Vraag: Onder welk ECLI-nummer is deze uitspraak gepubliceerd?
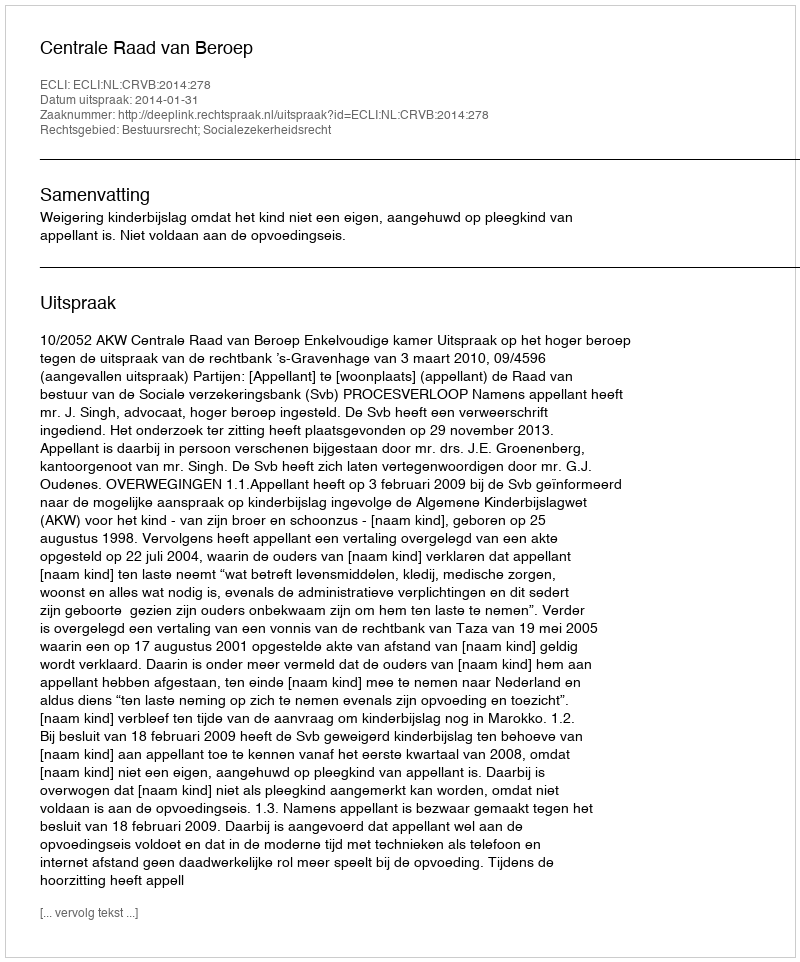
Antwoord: ECLI:NL:CRVB:2014:278